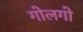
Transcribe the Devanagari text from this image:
गोलगो